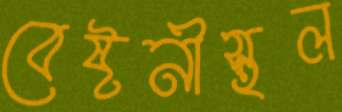
বেষ্টনীস্থল